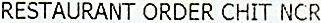
RESTAURANT ORDER CHIT NCR